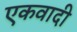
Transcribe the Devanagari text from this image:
एकवादी